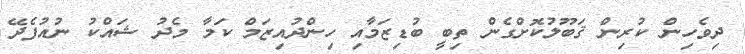
ދިވެހިން ކުރިން ޤަބޫލުކޮށްގެން ތިބީ ބުޑިޒަމާއި ހިންދުއިޒަމް ކަމާ މެދު ޝައްކު ނުއުފެދޭ